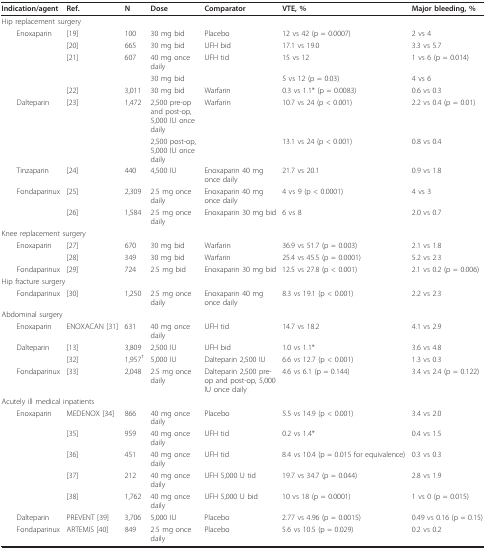
<table><thead><tr><td><b>Indication/agent</b></td><td><b>Ref.</b></td><td><b>N</b></td><td><b>Dose</b></td><td><b>Comparator</b></td><td><b>VTE, %</b></td><td><b>Major bleeding, %</b></td></tr></thead><tbody><tr><td colspan="2">Hip replacement surgery</td><td></td><td></td><td></td><td></td><td></td></tr><tr><td> Enoxaparin</td><td>[19]</td><td>100</td><td>30 mg bid</td><td>Placebo</td><td>12 vs 42 (p = 0.0007)</td><td>2 vs 4</td></tr><tr><td></td><td>[20]</td><td>665</td><td>30 mg bid</td><td>UFH bid</td><td>17.1 vs 19.0</td><td>3.3 vs 5.7</td></tr><tr><td></td><td>[21]</td><td>607</td><td>40 mg once daily</td><td>UFH tid</td><td>15 vs 12</td><td>1 vs 6 (p = 0.014)</td></tr><tr><td></td><td></td><td></td><td>30 mg bid</td><td></td><td>5 vs 12 (p = 0.03)</td><td>4 vs 6</td></tr><tr><td></td><td>[22]</td><td>3,011</td><td>30 mg bid</td><td>Warfarin</td><td>0.3 vs 1.1* (p = 0.0083)</td><td>0.6 vs 0.3</td></tr><tr><td> Dalteparin</td><td>[23]</td><td>1,472</td><td>2,500 pre-op and post-op, 5,000 IU once daily</td><td>Warfarin</td><td>10.7 vs 24 (p &lt; 0.001)</td><td>2.2 vs 0.4 (p = 0.01)</td></tr><tr><td></td><td></td><td></td><td>2,500 post-op, 5,000 IU once daily</td><td></td><td>13.1 vs 24 (p &lt; 0.001)</td><td>0.8 vs 0.4</td></tr><tr><td> Tinzaparin</td><td>[24]</td><td>440</td><td>4,500 IU</td><td>Enoxaparin 40 mg once daily</td><td>21.7 vs 20.1</td><td>0.9 vs 1.8</td></tr><tr><td> Fondaparinux</td><td>[25]</td><td>2,309</td><td>2.5 mg once daily</td><td>Enoxaparin 40 mg once daily</td><td>4 vs 9 (p &lt; 0.0001)</td><td>4 vs 3</td></tr><tr><td></td><td>[26]</td><td>1,584</td><td>2.5 mg once daily</td><td>Enoxaparin 30 mg bid</td><td>6 vs 8</td><td>2.0 vs 0.7</td></tr><tr><td colspan="2">Knee replacement surgery</td><td></td><td></td><td></td><td></td><td></td></tr><tr><td> Enoxaparin</td><td>[27]</td><td>670</td><td>30 mg bid</td><td>Warfarin</td><td>36.9 vs 51.7 (p = 0.003)</td><td>2.1 vs 1.8</td></tr><tr><td></td><td>[28]</td><td>349</td><td>30 mg bid</td><td>Warfarin</td><td>25.4 vs 45.5 (p = 0.0001)</td><td>5.2 vs 2.3</td></tr><tr><td> Fondaparinux</td><td>[29]</td><td>724</td><td>2.5 mg bid</td><td>Enoxaparin 30 mg bid</td><td>12.5 vs 27.8 (p &lt; 0.001)</td><td>2.1 vs 0.2 (p = 0.006)</td></tr><tr><td colspan="2">Hip fracture surgery</td><td></td><td></td><td></td><td></td><td></td></tr><tr><td> Fondaparinux</td><td>[30]</td><td>1,250</td><td>2.5 mg once daily</td><td>Enoxaparin 40 mg once daily</td><td>8.3 vs 19.1 (p &lt; 0.001)</td><td>2.2 vs 2.3</td></tr><tr><td colspan="2">Abdominal surgery</td><td></td><td></td><td></td><td></td><td></td></tr><tr><td> Enoxaparin</td><td>ENOXACAN [31]</td><td>631</td><td>40 mg once daily</td><td>UFH tid</td><td>14.7 vs 18.2</td><td>4.1 vs 2.9</td></tr><tr><td> Dalteparin</td><td>[13]</td><td>3,809</td><td>2,500 IU</td><td>UFH bid</td><td>1.0 vs 1.1*</td><td>3.6 vs 4.8</td></tr><tr><td></td><td>[32]</td><td>1,957<sup>†</sup></td><td>5,000 IU</td><td>Dalteparin 2,500 IU</td><td>6.6 vs 12.7 (p &lt; 0.001)</td><td>1.3 vs 0.3</td></tr><tr><td> Fondaparinux</td><td>[33]</td><td>2,048</td><td>2.5 mg once daily</td><td>Dalteparin 2,500 pre-op and post-op, 5,000 IU once daily</td><td>4.6 vs 6.1 (p = 0.144)</td><td>3.4 vs 2.4 (p = 0.122)</td></tr><tr><td colspan="2">Acutely ill medical inpatients</td><td></td><td></td><td></td><td></td><td></td></tr><tr><td> Enoxaparin</td><td>MEDENOX [34]</td><td>866</td><td>40 mg once daily</td><td>Placebo</td><td>5.5 vs 14.9 (p &lt; 0.001)</td><td>3.4 vs 2.0</td></tr><tr><td></td><td>[35]</td><td>959</td><td>40 mg once daily</td><td>UFH tid</td><td>0.2 vs 1.4*</td><td>0.4 vs 1.5</td></tr><tr><td></td><td>[36]</td><td>451</td><td>40 mg once daily</td><td>UFH tid</td><td>8.4 vs 10.4 (p = 0.015 for equivalence)</td><td>0.3 vs 0.3</td></tr><tr><td></td><td>[37]</td><td>212</td><td>40 mg once daily</td><td>UFH 5,000 U tid</td><td>19.7 vs 34.7 (p = 0.044)</td><td>2.8 vs 1.9</td></tr><tr><td></td><td>[38]</td><td>1,762</td><td>40 mg once daily</td><td>UFH 5,000 U bid</td><td>10 vs 18 (p = 0.0001)</td><td>1 vs 0 (p = 0.015)</td></tr><tr><td> Dalteparin</td><td>PREVENT [39]</td><td>3,706</td><td>5,000 IU</td><td>Placebo</td><td>2.77 vs 4.96 (p = 0.0015)</td><td>0.49 vs 0.16 (p = 0.15)</td></tr><tr><td> Fondaparinux</td><td>ARTEMIS [40]</td><td>849</td><td>2.5 mg once daily</td><td>Placebo</td><td>5.6 vs 10.5 (p = 0.029)</td><td>0.2 vs 0.2</td></tr></tbody></table>